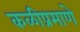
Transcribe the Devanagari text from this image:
कळीप्रमाणे